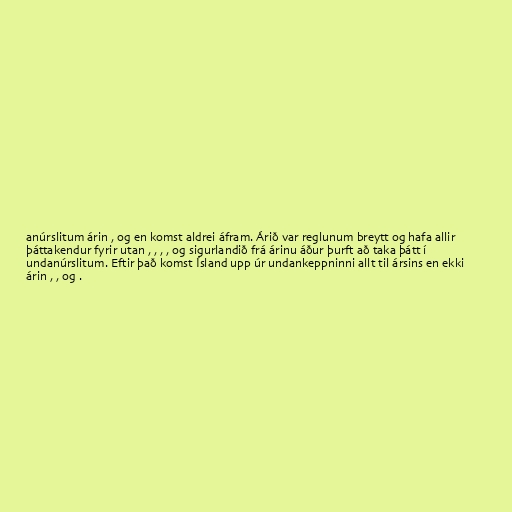
anúrslitum árin , og en komst aldrei áfram. Árið var reglunum breytt og hafa allir
þáttakendur fyrir utan , , , , og sigurlandið frá árinu áður þurft að taka þátt í
undanúrslitum. Eftir það komst Ísland upp úr undankeppninni allt til ársins en ekki
árin , , og .